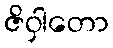
ဇိဝှါတော